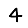
Digit: 4